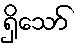
ရှိသော်